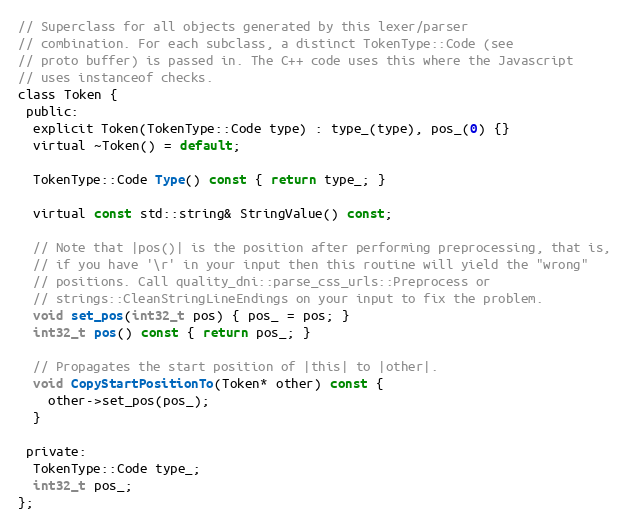
Language: C
// Superclass for all objects generated by this lexer/parser
// combination. For each subclass, a distinct TokenType::Code (see
// proto buffer) is passed in. The C++ code uses this where the Javascript
// uses instanceof checks.
class Token {
 public:
  explicit Token(TokenType::Code type) : type_(type), pos_(0) {}
  virtual ~Token() = default;

  TokenType::Code Type() const { return type_; }

  virtual const std::string& StringValue() const;

  // Note that |pos()| is the position after performing preprocessing, that is,
  // if you have '\r' in your input then this routine will yield the "wrong"
  // positions. Call quality_dni::parse_css_urls::Preprocess or
  // strings::CleanStringLineEndings on your input to fix the problem.
  void set_pos(int32_t pos) { pos_ = pos; }
  int32_t pos() const { return pos_; }

  // Propagates the start position of |this| to |other|.
  void CopyStartPositionTo(Token* other) const {
    other->set_pos(pos_);
  }

 private:
  TokenType::Code type_;
  int32_t pos_;
};